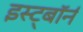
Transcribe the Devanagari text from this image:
इस्ट्बॉर्न